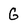
Character: G